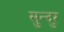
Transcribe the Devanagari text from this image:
सुन्दुर